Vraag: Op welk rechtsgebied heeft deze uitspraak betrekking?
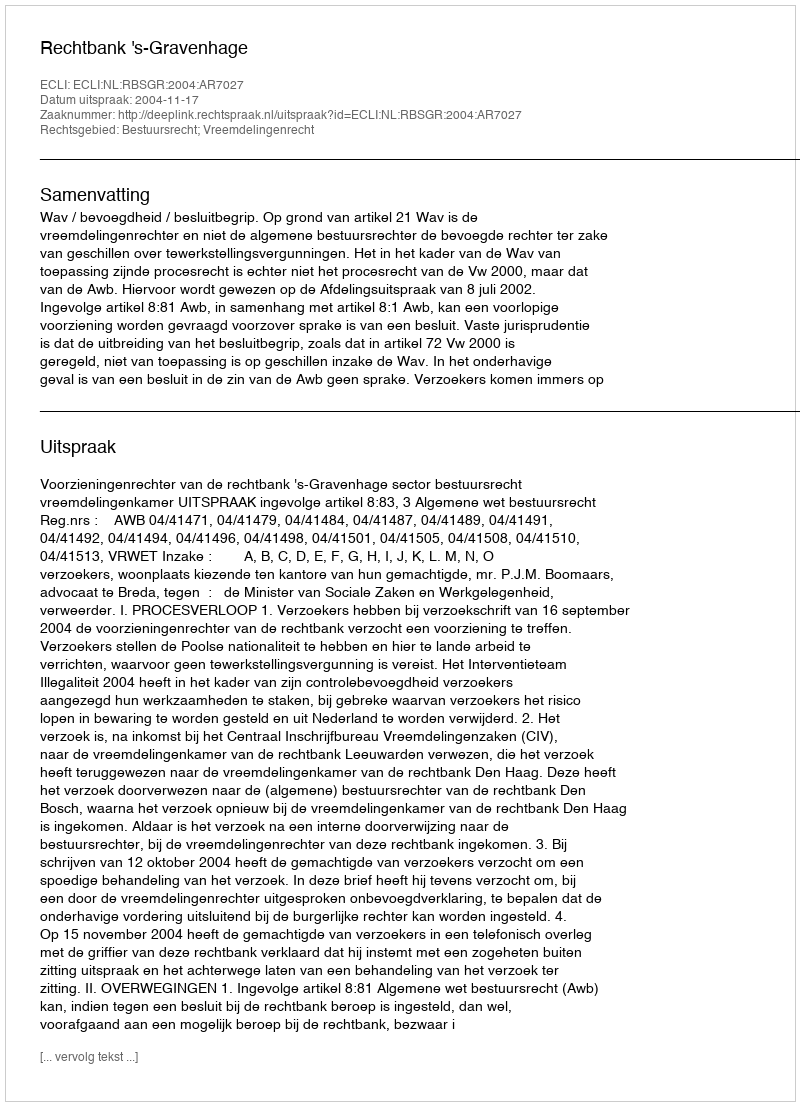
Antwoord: Bestuursrecht; Vreemdelingenrecht